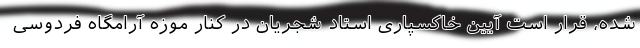
شده، قرار است آیین خاکسپاری استاد شجریان در کنار موزه آرامگاه فردوسی